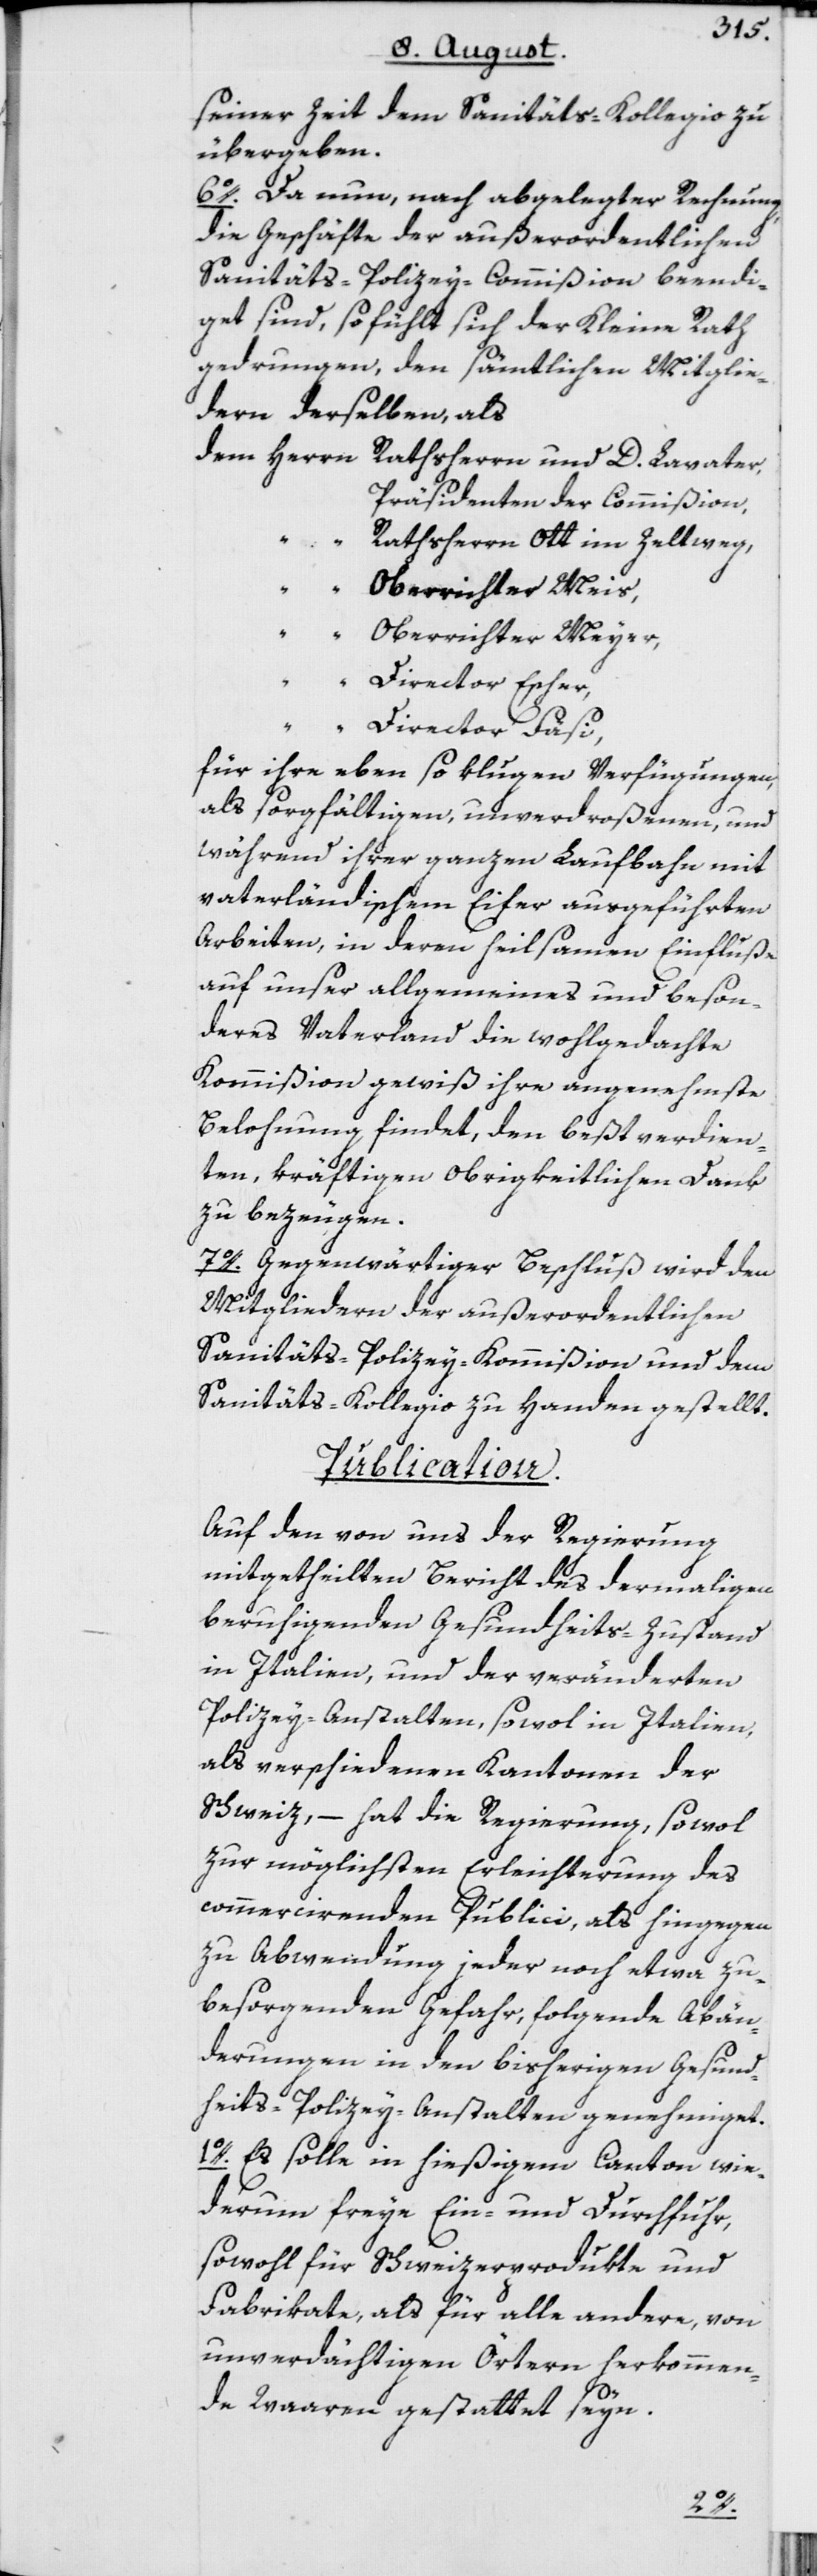
seiner Zeit dem Sanitäts-Kollegio zu
übergeben.
6o. Da nun, nach abgelegter Rechnung,
die Geschäfte der außerordentlichen
Sanitäts-Polizey-Commißion beendi¬
get sind, so fühlt sich der Kleine Rath
gedrungen, den sämtlichen Mitglie¬
dern derselben, als
dem Herrn Rathsherrn und D. Lavater,
Präsidenten der Commißion,
“ Rathsherrn Ott im Zeltweg,
“ Oberrichter Meis,
“ Oberrichter Meyer,
“
Director Escher,
“ Director Fäsi,
für ihre eben so klugen Verfügungen,
als sorgfältigen, unverdroßenen, und
während ihrer ganzen Laufbahn mit
vaterländischem Eifer ausgeführten
Arbeiten, in deren heilsamen Einfluße
auf unser allgemeines und beson¬
deres Vaterland die wohlgedachte
Kommißion gewiß ihre angenehmste
Belohnung findet, den beßtverdien¬
ten, kräftigen obrigkeitlichen Dank
zu bezeugen.
7o. Gegenwärtiger Beschluß wird den
Mitgliedern der außerordentlichen
Sanitäts-Polizey-Kommißion und dem
Sanitäts-Kollegio zu Handen gestellt.
Publication.
Auf den von uns der Regierung
mitgetheilten Bericht des dermaligen
beruhigenden Gesundheits-Zustand
in Italien, und der veränderten
Polizey-Anstalten, sowol in Italien,
als verschiedenen Kantonen der
Schweiz, – hat die Regierung, sowol
zur möglichsten Erleichterung des
commercirenden Publici, als hingegen
zu Abwendung jeder noch etwa zu
besorgenden Gefahr, folgende Abän¬
derungen in den bisherigen Gesund¬
heits-Polizey-Anstalten genehmiget.
1o. Es solle in hießigem Canton wie¬
derum freye Ein- und Durchfuhr,
sowohl für Schweizerprodukte und
Fabrikate, als für alle andere, von
unverdächtigen Örtern herkommen¬
de Waaren gestattet seyn.